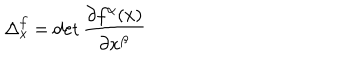
\Delta _ { x } ^ { f } = \det \frac { \partial f ^ { \alpha } ( x ) } { \partial x ^ { \beta } }